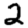
Digit: 2